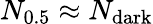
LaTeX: N_{0.5}\approx N_{\mathrm{dark}}